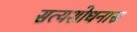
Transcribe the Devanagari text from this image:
सत्यशोधनास